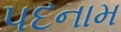
પદનામ